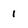
Character: 1